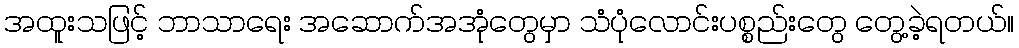
အထူးသဖြင့် ဘာသာရေး အဆောက်အအုံတွေမှာ သံပုံလောင်းပစ္စည်းတွေ တွေ့ခဲ့ရတယ်။